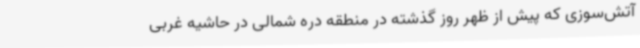
آتش‌سوزی که پیش از ظهر روز گذشته در منطقه دره شمالی در حاشیه غربی